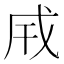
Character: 𢦡